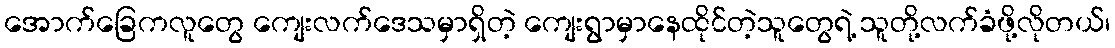
အောက်ခြေကလူတွေ ကျေးလက်ဒေသမှာရှိတဲ့ ကျေးရွာမှာနေထိုင်တဲ့သူတွေရဲ့ သူတို့လက်ခံဖို့လိုတယ်၊